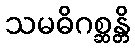
သမဓိဂစ္ဆန္တိ